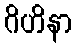
ဂိဟိနာ